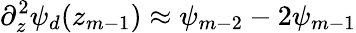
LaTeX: \partial_{z}^{2}\psi_{d}(z_{m-1})\approx\psi_{m-2}-2\psi_{m-1}